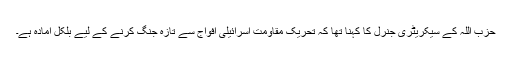
حزب اللہ کے سیکریٹری جنرل کا کہنا تھا کہ تحریک مقاومت اسرائیلی افواج سے تازہ جنگ کرنے کے لیے بلکل آمادہ ہے۔